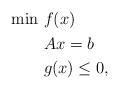
LaTeX: \begin{align*} \begin{aligned} \min \ &f(x) \\ \enspace &Ax = b \\ & g(x) \le 0, \end{aligned}\end{align*}